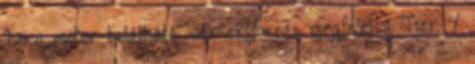
Iveco motor található. Az erőforrás megfelel a Tier 4